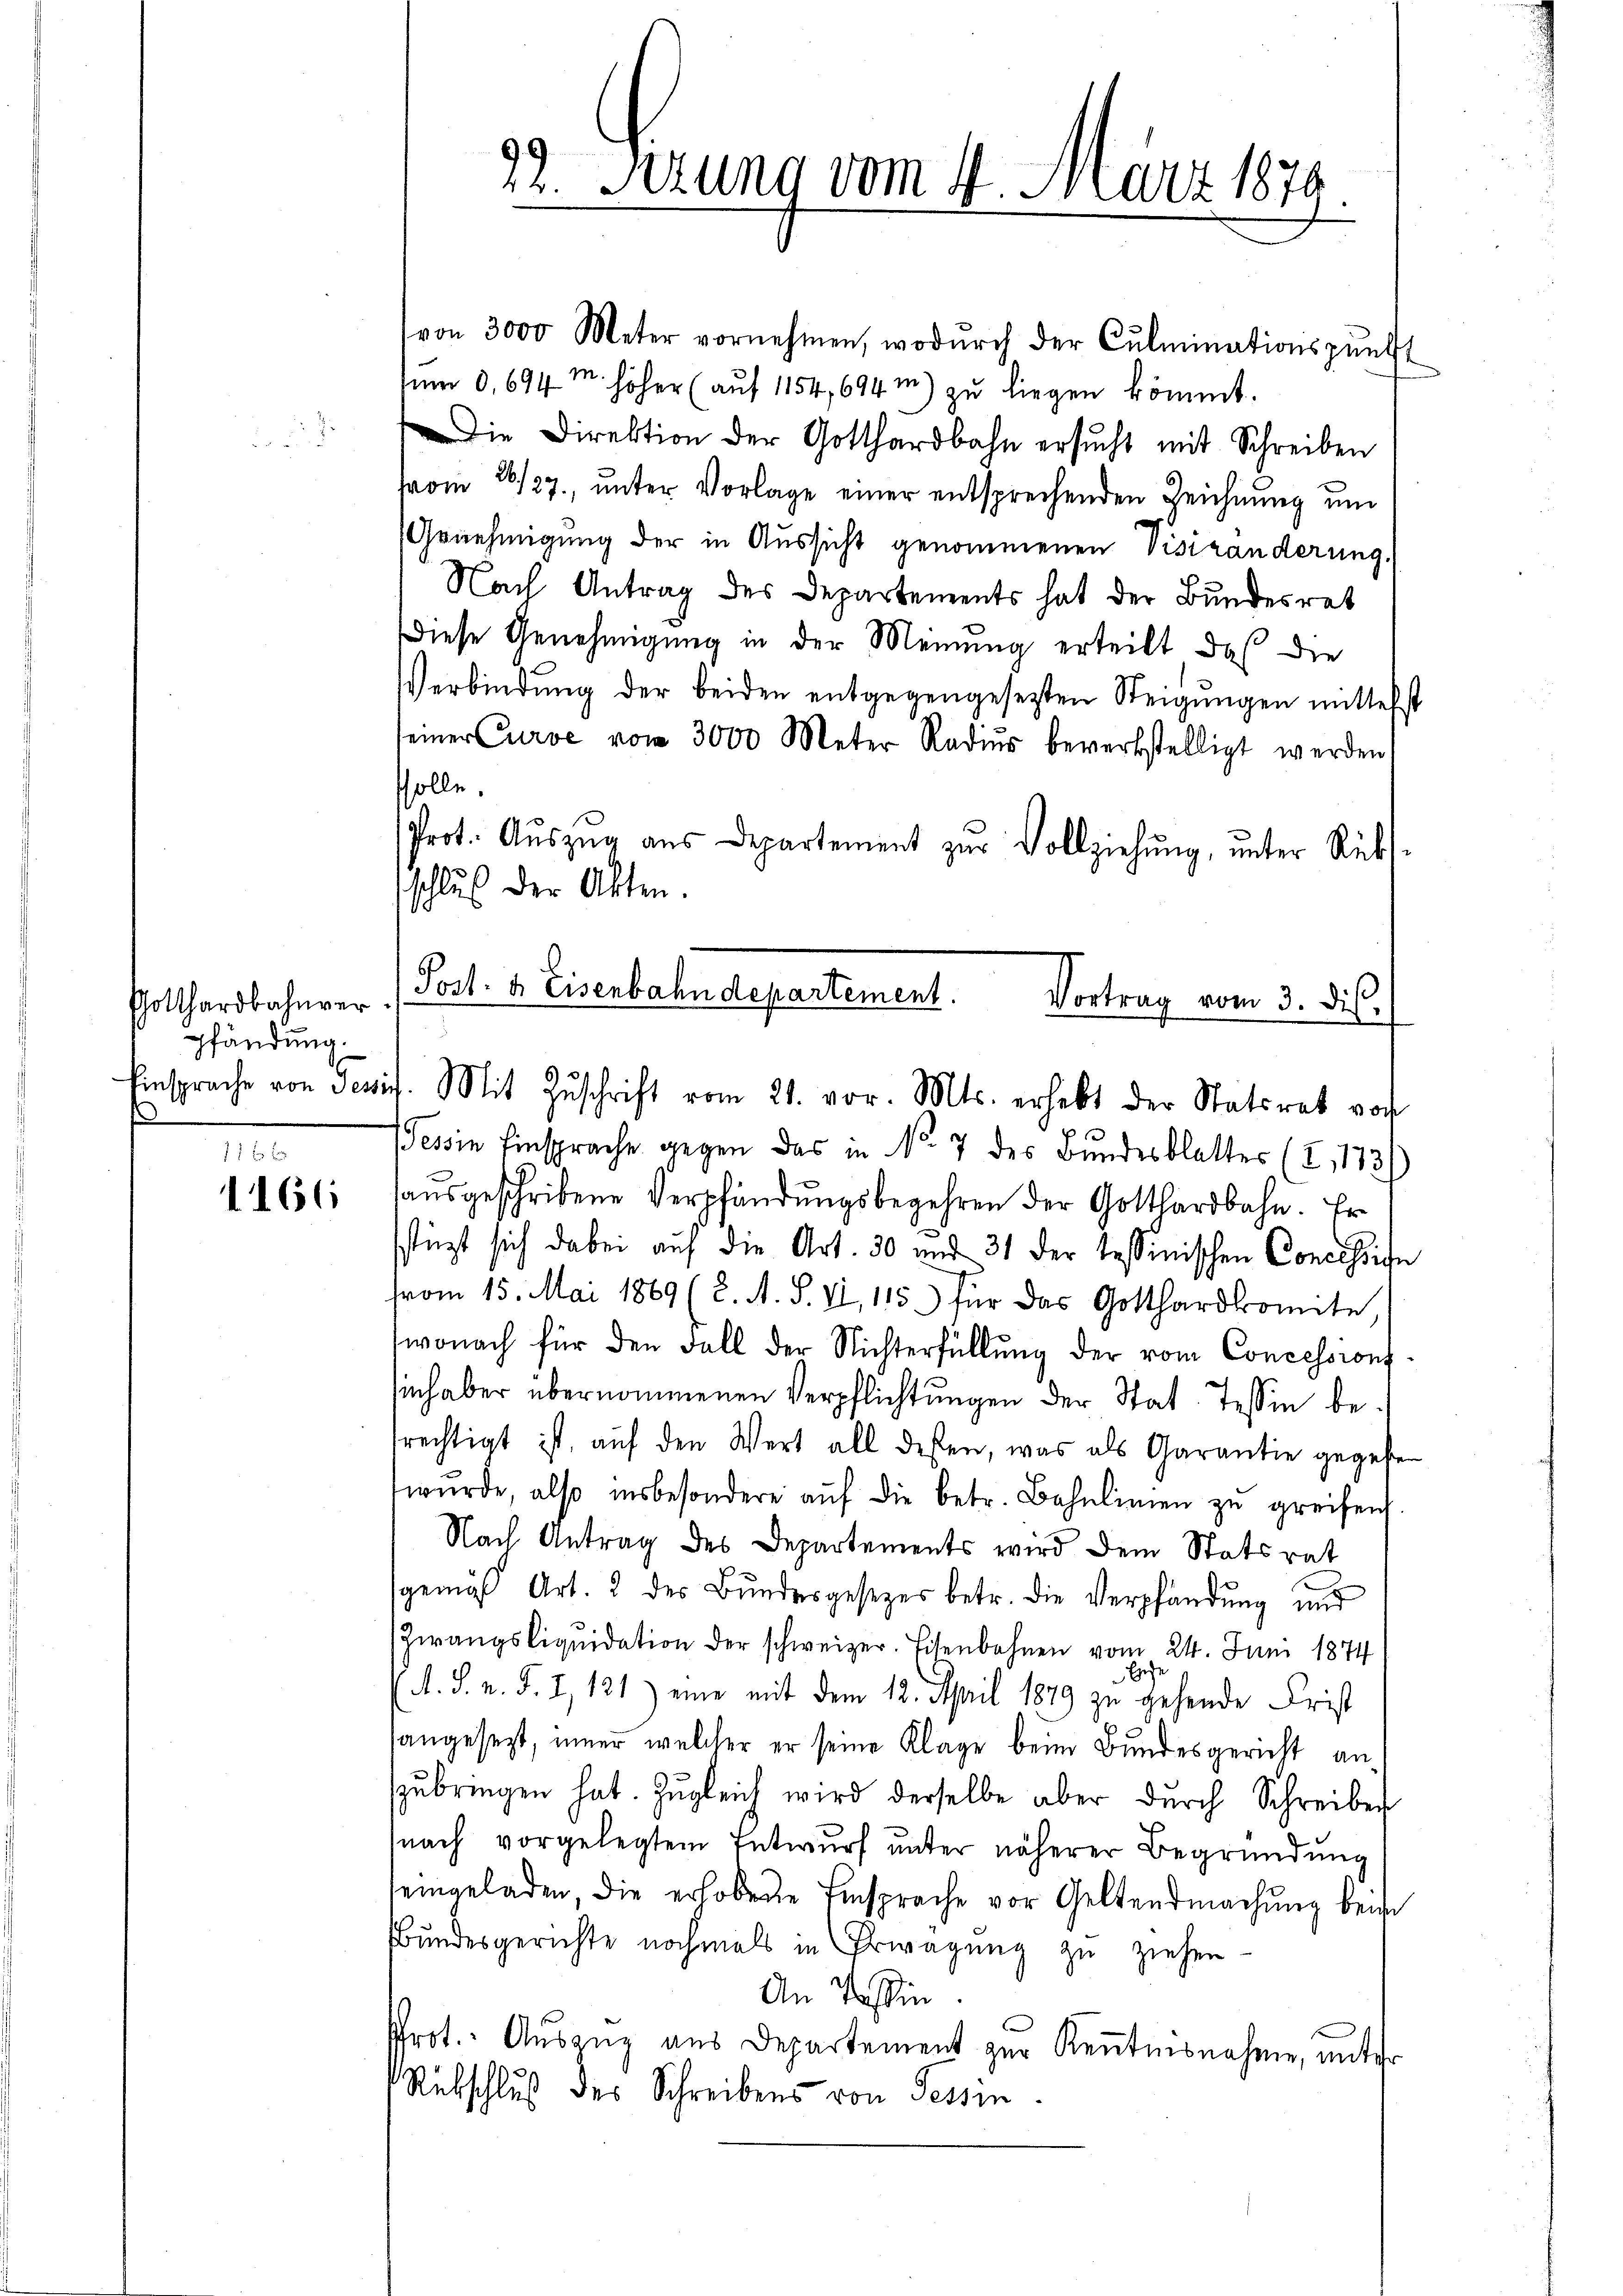
Gotthardbahnver
pfändung.
Einsprache von Tess
1

f 12 x
1166

von 3000 Meter vornehmen, wodŭrch der Culminationspŭnkt
um 3. 694 M. höher (auf 1154, 694 m) zŭ liegen kömmt.
Die Direktion der Gotthardbahn ersŭcht mit Schreiben
pvom 26/27., unter Vorlage einer entsprechenden Zeichnung um
Genehmigung der in Aussicht genommenen Visiranderung,
Nach Antrag des Departements hat der Bundesrat
Diese Genehmigung in der Meinung erteilt, daß die
Verbindŭng der beiden entgegengesetzten Steigŭngen mittelst
seiner Curse vom 3000 Meter Radiŭs bewerkstelligt werden
solle.
Prot. Aŭszŭg aŭs Departement zŭr Vollziehŭng ŭnter Rüks-
schluß der Akten.
Tessin Einsprache gegen das in No 7 des Bundesblatter (I,173)
aŭsgeschribene Verpfändungsbegehren der Gotthardbahn. Er
stüzt sich dabei auf die Art. 30 und 31 der tessinischen Concession
vom 15. Mai 1869 (2. A. S. VI, 115) für das Gotthardkomite
wonach für den Fall der Nichterfüllŭng der vom Concessions-
sinhaber übernommenen Verpflichtungen der Stat. Tessin berechtigt ist, auf den Wert all dessen, was als Garantie gegeben
wŭrde also insbesondere aŭf die betr. Bahnlinien zŭ greifen,
Nach Antrag des Departements wird dem Statsrat
sgemäß Art. 2 des Bundesgesezes betr. die Verpfändung und
Zwangsliquidation der schweizer. Eisenbahnen vom 24. Juni 1874
Ese
A. S. n. F. I, 121) eine mit dem 12. April 1879 zu gehende Frist
angesezt, immer welcher er seine Klage beim Bundesgericht anzŭbringen hat. Zugleich wird derselbe aber durch Schreibe
(nach vorgelegtem Entwurf unter näherer Begründung
seingeladen die erhobene Einsprache vor Geltendmachung beim
Bundesgerichte nochmals in Erwägung zu ziehen
An Tessin
Prot. Auszug aus Departement zur Kenntnisnahme, unter
Rübschluß des Schreibens von Tessin

Post- & Eisenbahndepartement.
Vortrag vom 3. dis.
ich. Mit Zŭschrift vom 21. vor. Mts. erhebt der Statiret vor

92. Sezung vom 4. d. 1t 1876
x